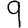
Digit: 9